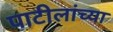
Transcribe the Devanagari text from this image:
पाटीलांच्या